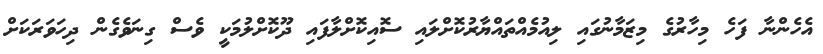
އެހެންނާ ފަހެ މިހާރުގެ މިޒަމާނުގައި ލިއުމެއްތައްޔާރުކޮށްލައި ސޮއިކޮށްލާފައި ދޫކޮށްލުމަކީ ވެސް ގިނަވެގެން ދިހަވަރަކަށް